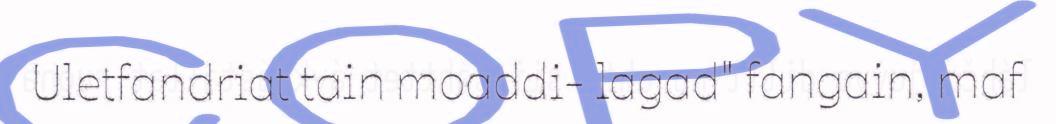
Uletfandriat tain moaddi- lagad" fangain, maf